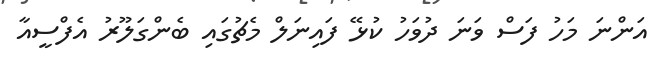
އަންނަ މަހު ފަސް ވަނަ ދުވަހު ކުޅޭ ފައިނަލް މެޗުގައި ބެންގަލޫރު އެފްސީއާ